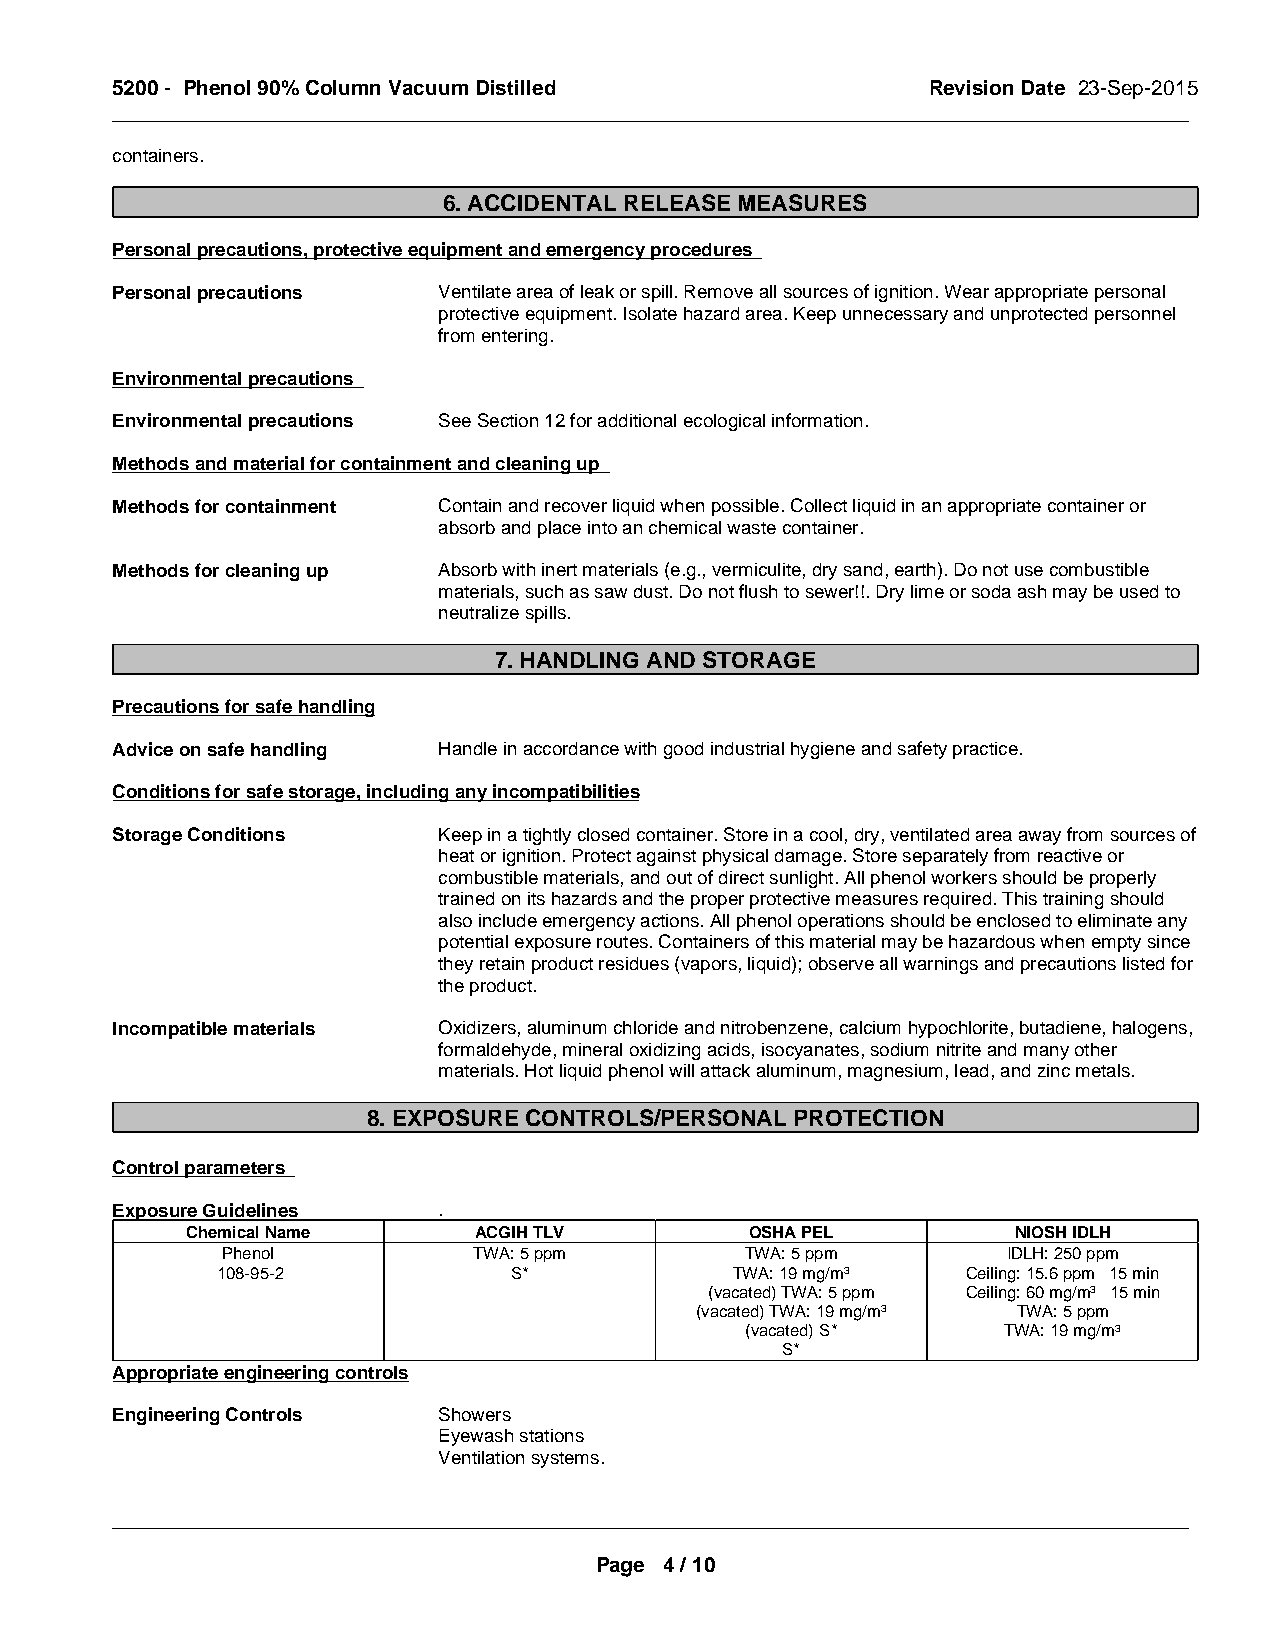
5200 - Phenol 90% Column Vacuum Distilled             Revision Date 23-Sep-2015
 _____________________________________________________________________________________________
 containers.
 6. ACCIDENTAL RELEASE MEASURES
 Personal precautions, protective equipment and emergency procedures
 Personal precautions  Ventilate area of leak or spill. Remove all sources of ignition. Wear appropriate personal
 protective equipment. Isolate hazard area. Keep unnecessary and unprotected personnel
 from entering.
 Environmental precautions
 Environmental precautions See Section 12 for additional ecological information.
 Methods and material for containment and cleaning up
 Methods for containment Contain and recover liquid when possible. Collect liquid in an appropriate container or
 absorb and place into an chemical waste container.
 Methods for cleaning up Absorb with inert materials (e.g., vermiculite, dry sand, earth). Do not use combustible
 materials, such as saw dust. Do not flush to sewer!!. Dry lime or soda ash may be used to
 neutralize spills.
 7. HANDLING AND STORAGE
 Precautions for safe handling
 Advice on safe handling Handle in accordance with good industrial hygiene and safety practice.
 Conditions for safe storage, including any incompatibilities
 Storage Conditions    Keep in a tightly closed container. Store in a cool, dry, ventilated area away from sources of
 heat or ignition. Protect against physical damage. Store separately from reactive or
 combustible materials, and out of direct sunlight. All phenol workers should be properly
 trained on its hazards and the proper protective measures required. This training should
 also include emergency actions. All phenol operations should be enclosed to eliminate any
 potential exposure routes. Containers of this material may be hazardous when empty since
 they retain product residues (vapors, liquid); observe all warnings and precautions listed for
 the product.
 Incompatible materials Oxidizers, aluminum chloride and nitrobenzene, calcium hypochlorite, butadiene, halogens,
 formaldehyde, mineral oxidizing acids, isocyanates, sodium nitrite and many other
 materials. Hot liquid phenol will attack aluminum, magnesium, lead, and zinc metals.
 8. EXPOSURE CONTROLS/PERSONAL PROTECTION
 Control parameters
 Exposure Guidelines   .
 Chemical Name      ACGIH TLV          OSHA PEL         NIOSH IDLH
 Phenol          TWA: 5 ppm        TWA: 5 ppm        IDLH: 250 ppm
 108-95-2            S*             TWA: 19 mg/m3  Ceiling: 15.6 ppm 15 min
 (vacated) TWA: 5 ppm Ceiling: 60 mg/m3 15 min
 (vacated) TWA: 19 mg/m3 TWA: 5 ppm
 (vacated) S*     TWA: 19 mg/m3
 S*
 Appropriate engineering controls
 Engineering Controls  Showers
 Eyewash stations
 Ventilation systems.
 _____________________________________________________________________________________________
 Page 4 / 10